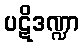
ပဋိဒဏ္ဍာ